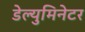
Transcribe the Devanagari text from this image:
डेल्युमिनेटर